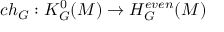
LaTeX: c h _ { G } : K _ { G } ^ { 0 } ( { \cal M } ) \to H _ { G } ^ { e v e n } ( { \cal M } )